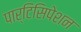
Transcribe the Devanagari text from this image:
पार्टिसिपेशन